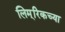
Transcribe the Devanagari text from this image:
लिम्‌रिकच्या